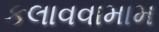
કલાવવામામ